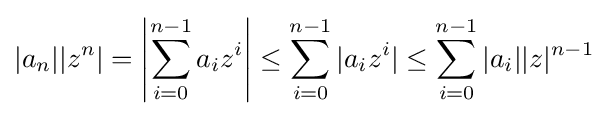
|a_{n}||z^{n}|=\left|\sum _{i=0}^{n-1}a_{i}z^{i}\right|\leq \sum _{i=0}^{n-1}|a_{i}z^{i}|\leq \sum _{i=0}^{n-1}|a_{i}||z|^{n-1}